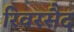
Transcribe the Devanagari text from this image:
रिवरसैद